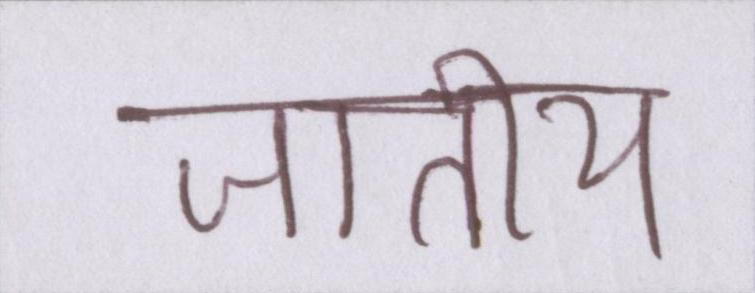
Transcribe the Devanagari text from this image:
जातीय